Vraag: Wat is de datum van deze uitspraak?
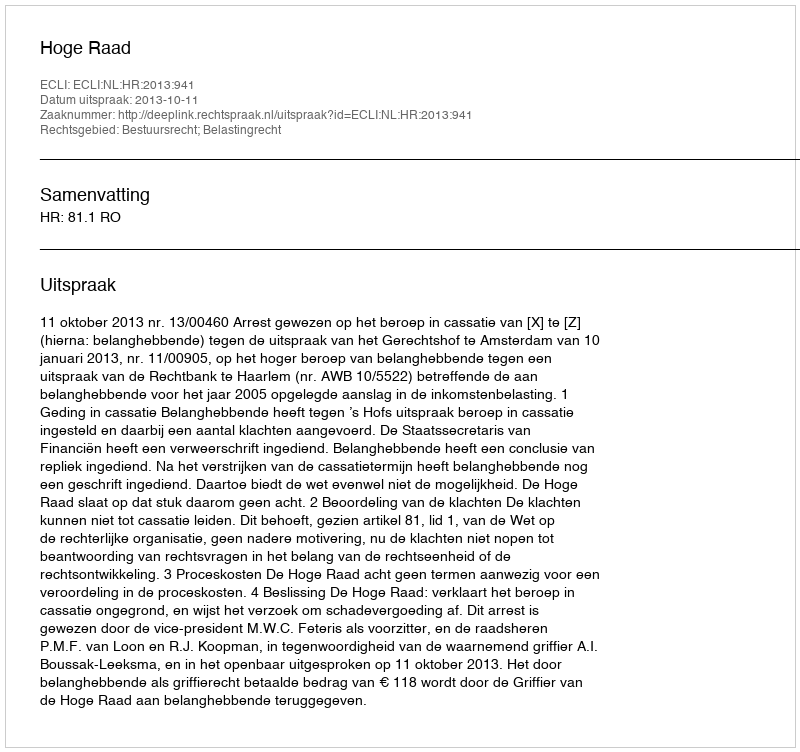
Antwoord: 2013-10-11